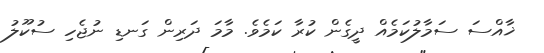
ޚާއްސަ ސަމާލުކަމެއް ދީގެން ކުރާ ކަމެވެ. މާމަ ދަރިން ގަނޑި ނުޖެހި ސުކޫލު